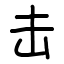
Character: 击